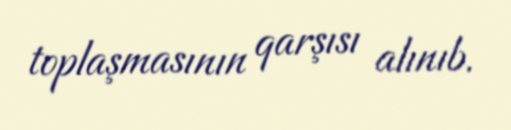
toplaşmasının qarşısı alınıb.